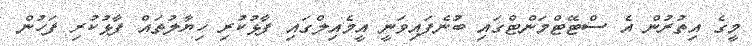
މީގެ އިތުރުން އެ ސްޓޭޓްމަންޓްގައި ބުނެފައިވަނީ އީމެއިލްގައި ފާޅުކުރި ހިޔާލުތައް ފާޅުކުރި ފަހުން